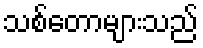
သစ်တောများသည်